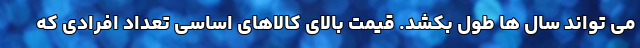
می تواند سال ها طول بکشد. قیمت بالای کالاهای اساسی تعداد افرادی که